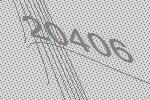
20406